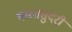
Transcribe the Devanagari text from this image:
भारतसुंदरी